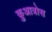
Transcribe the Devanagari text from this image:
क़ुआत्रोस